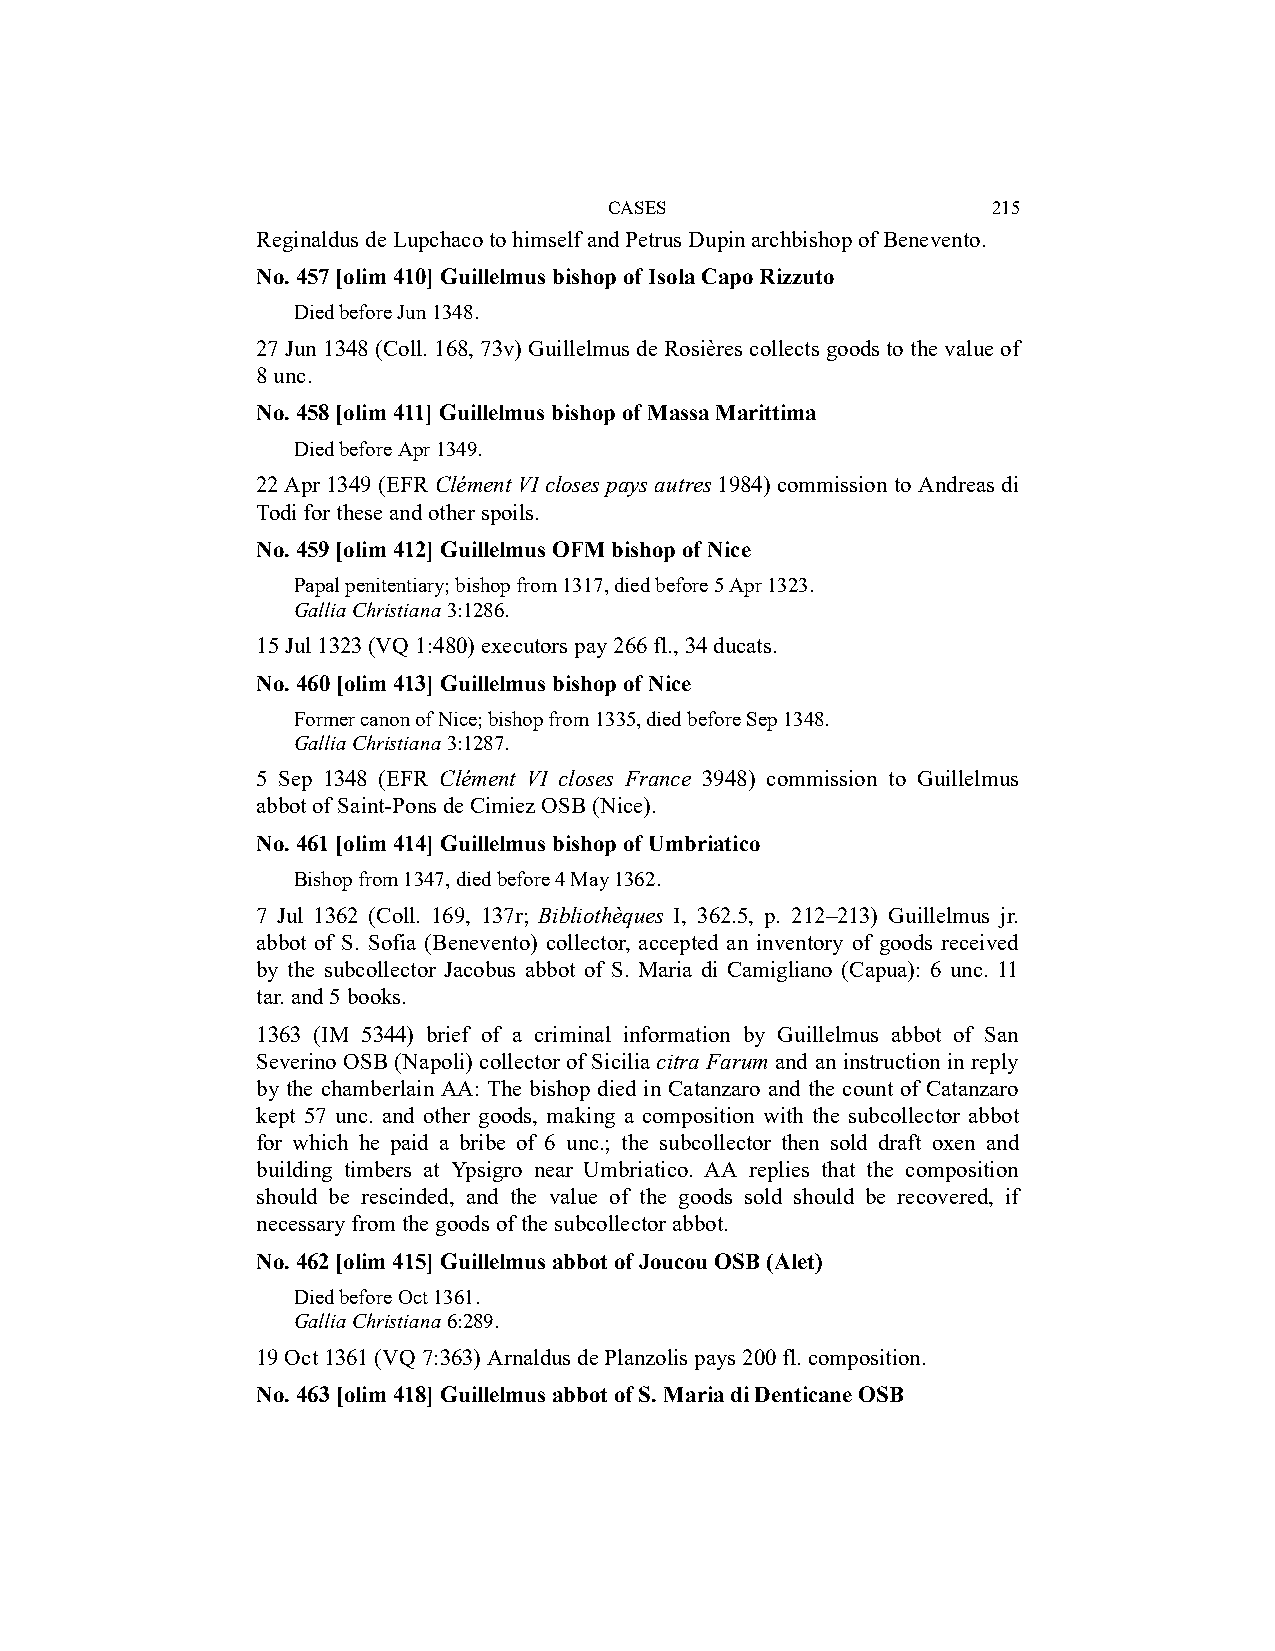
CASES                     215
 Reginaldus de Lupchaco to himself and Petrus Dupin archbishop of Benevento.
 No. 457 [olim 410] Guillelmus bishop of Isola Capo Rizzuto
 Died before Jun 1348.
 27 Jun 1348 (Coll. 168, 73v) Guillelmus de Rosières collects goods to the value of
 8 unc.
 No. 458 [olim 411] Guillelmus bishop of Massa Marittima
 Died before Apr 1349.
 22 Apr 1349 (EFR Clément VI closes pays autres 1984) commission to Andreas di
 Todi for these and other spoils.
 No. 459 [olim 412] Guillelmus OFM bishop of Nice
 Papal penitentiary; bishop from 1317, died before 5 Apr 1323.
 Gallia Christiana 3:1286.
 15 Jul 1323 (VQ 1:480) executors pay 266 fl., 34 ducats.
 No. 460 [olim 413] Guillelmus bishop of Nice
 Former canon of Nice; bishop from 1335, died before Sep 1348.
 Gallia Christiana 3:1287.
 5 Sep 1348 (EFR Clément VI closes France 3948) commission to Guillelmus
 abbot of Saint-Pons de Cimiez OSB (Nice).
 No. 461 [olim 414] Guillelmus bishop of Umbriatico
 Bishop from 1347, died before 4 May 1362.
 7 Jul 1362 (Coll. 169, 137r; Bibliothèques I, 362.5, p. 212–213) Guillelmus jr.
 abbot of S. Sofia (Benevento) collector, accepted an inventory of goods received
 by the subcollector Jacobus abbot of S. Maria di Camigliano (Capua): 6 unc. 11
 tar. and 5 books.
 1363 (IM 5344) brief of a criminal information by Guillelmus abbot of San
 Severino OSB (Napoli) collector of Sicilia citra Farum and an instruction in reply
 by the chamberlain AA: The bishop died in Catanzaro and the count of Catanzaro
 kept 57 unc. and other goods, making a composition with the subcollector abbot
 for which he paid a bribe of 6 unc.; the subcollector then sold draft oxen and
 building timbers at Ypsigro near Umbriatico. AA replies that the composition
 should be rescinded, and the value of the goods sold should be recovered, if
 necessary from the goods of the subcollector abbot.
 No. 462 [olim 415] Guillelmus abbot of Joucou OSB (Alet)
 Died before Oct 1361.
 Gallia Christiana 6:289.
 19 Oct 1361 (VQ 7:363) Arnaldus de Planzolis pays 200 fl. composition.
 No. 463 [olim 418] Guillelmus abbot of S. Maria di Denticane OSB